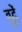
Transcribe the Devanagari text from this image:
बूढें